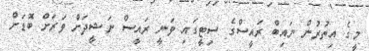
މީގެ އިތުރުން ނައިބް ރައީސްގެ ސިޓީގައި ވަނީ ރައީސް ނަޝީދަށް ވަރަށް ބޮޑަށް